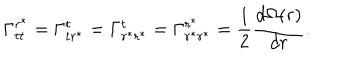
LaTeX: \Gamma _ { t t } ^ { r ^ { \ast } } = \Gamma _ { t r ^ { \ast } } ^ { t } = \Gamma _ { r ^ { \ast } r ^ { \ast } } ^ { t } = \Gamma _ { r ^ { \ast } r ^ { \ast } } ^ { r ^ { \ast } } = \frac { 1 } { 2 } \frac { d \Omega ( r ) } { d r } .